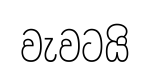
වැවටයි